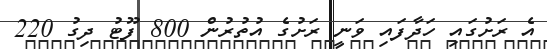
އެ ރަށުގައި ހަދާފައި ވަނީ ރަށުގެ އުތުރުން 800 ފޫޓު ދިގު 220